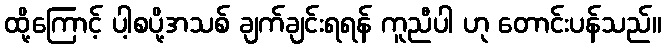
ထို့ကြောင့် ပါ့စပို့အသစ် ချက်ချင်းရရန် ကူညီပါ ဟု တောင်းပန်သည်။